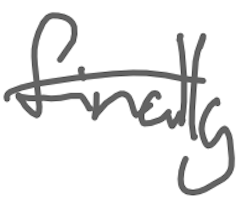
Text: finally
Cross-out: single-line
Writing tool: digital_gray